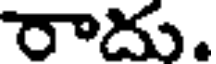
రాదు.